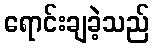
ရောင်းချခဲ့သည်